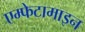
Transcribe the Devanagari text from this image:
एम्फेटामाइन